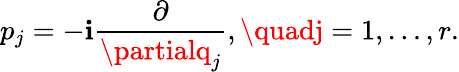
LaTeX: p_{j}=-\mathbf{i}{\frac{{\partial}}{{\partialq_{j}}}},\quadj=1,\ldots,r.